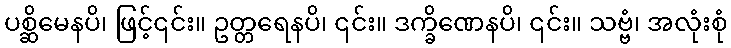
ပစ္ဆိမေနပိ၊ ဖြင့်၎င်း။ ဥတ္တရေနပိ၊ ၎င်း။ ဒက္ခိဏေနပိ၊ ၎င်း။ သဗ္ဗံ၊ အလုံးစုံ